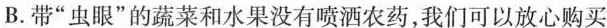
B.带”虫眼”的蔬菜和水果没有喷洒农药，我们可以放心购买